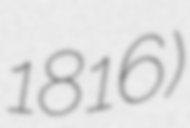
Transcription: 1816)